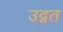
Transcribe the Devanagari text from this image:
उद्गत